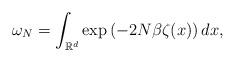
LaTeX: \begin{align*} \omega_{N} = \int_{\mathbb{R}^{d}} \exp \left( - 2 N \beta \zeta (x) \right) dx,\end{align*}